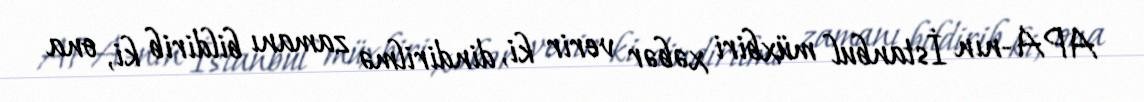
APA-nın İstanbul müxbiri xəbər verir ki, dindirilmə zamanı bildirib ki, ona